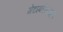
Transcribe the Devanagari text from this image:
मेटाबॉलिज़्म